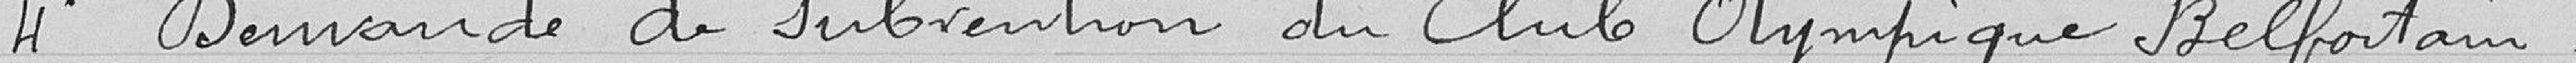
4 Demande de subvention du Club Olympique Belfortain.